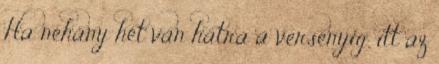
Ha néhány hét van hátra a versenyig, itt az